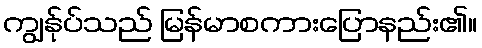
ကျွန်ုပ်သည် မြန်မာစကားပြောနည်း၏။